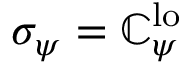
\sigma _ { \psi } = \mathbb { C } _ { \psi } ^ { \mathrm { { l o } } }